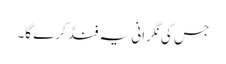
جس کی نگرانی یہ فنڈ کرے گا۔